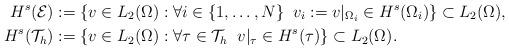
LaTeX: \begin{align*}H^s(\mathcal{E}) & := \{v \in L_2(\Omega): \forall i \in \{1,\ldots,N\} \; \; v_i := v|_{\Omega_i} \in H^s(\Omega_i)\}\subset L_2(\Omega),\\H^s(\mathcal{T}_h) & := \{v \in L_2(\Omega): \forall \tau \in \mathcal{T}_h \; \; v|_{\tau} \in H^s(\tau)\}\subset L_2(\Omega).\end{align*}